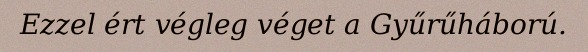
Ezzel ért végleg véget a Gyűrűháború.